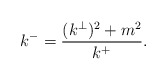
\begin{align*}k^{-}=\frac{(k^{\perp })^{2}+m^{2}}{k^{+}}.\end{align*}